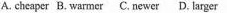
A. cheaper B. warmer C. newer D. larger